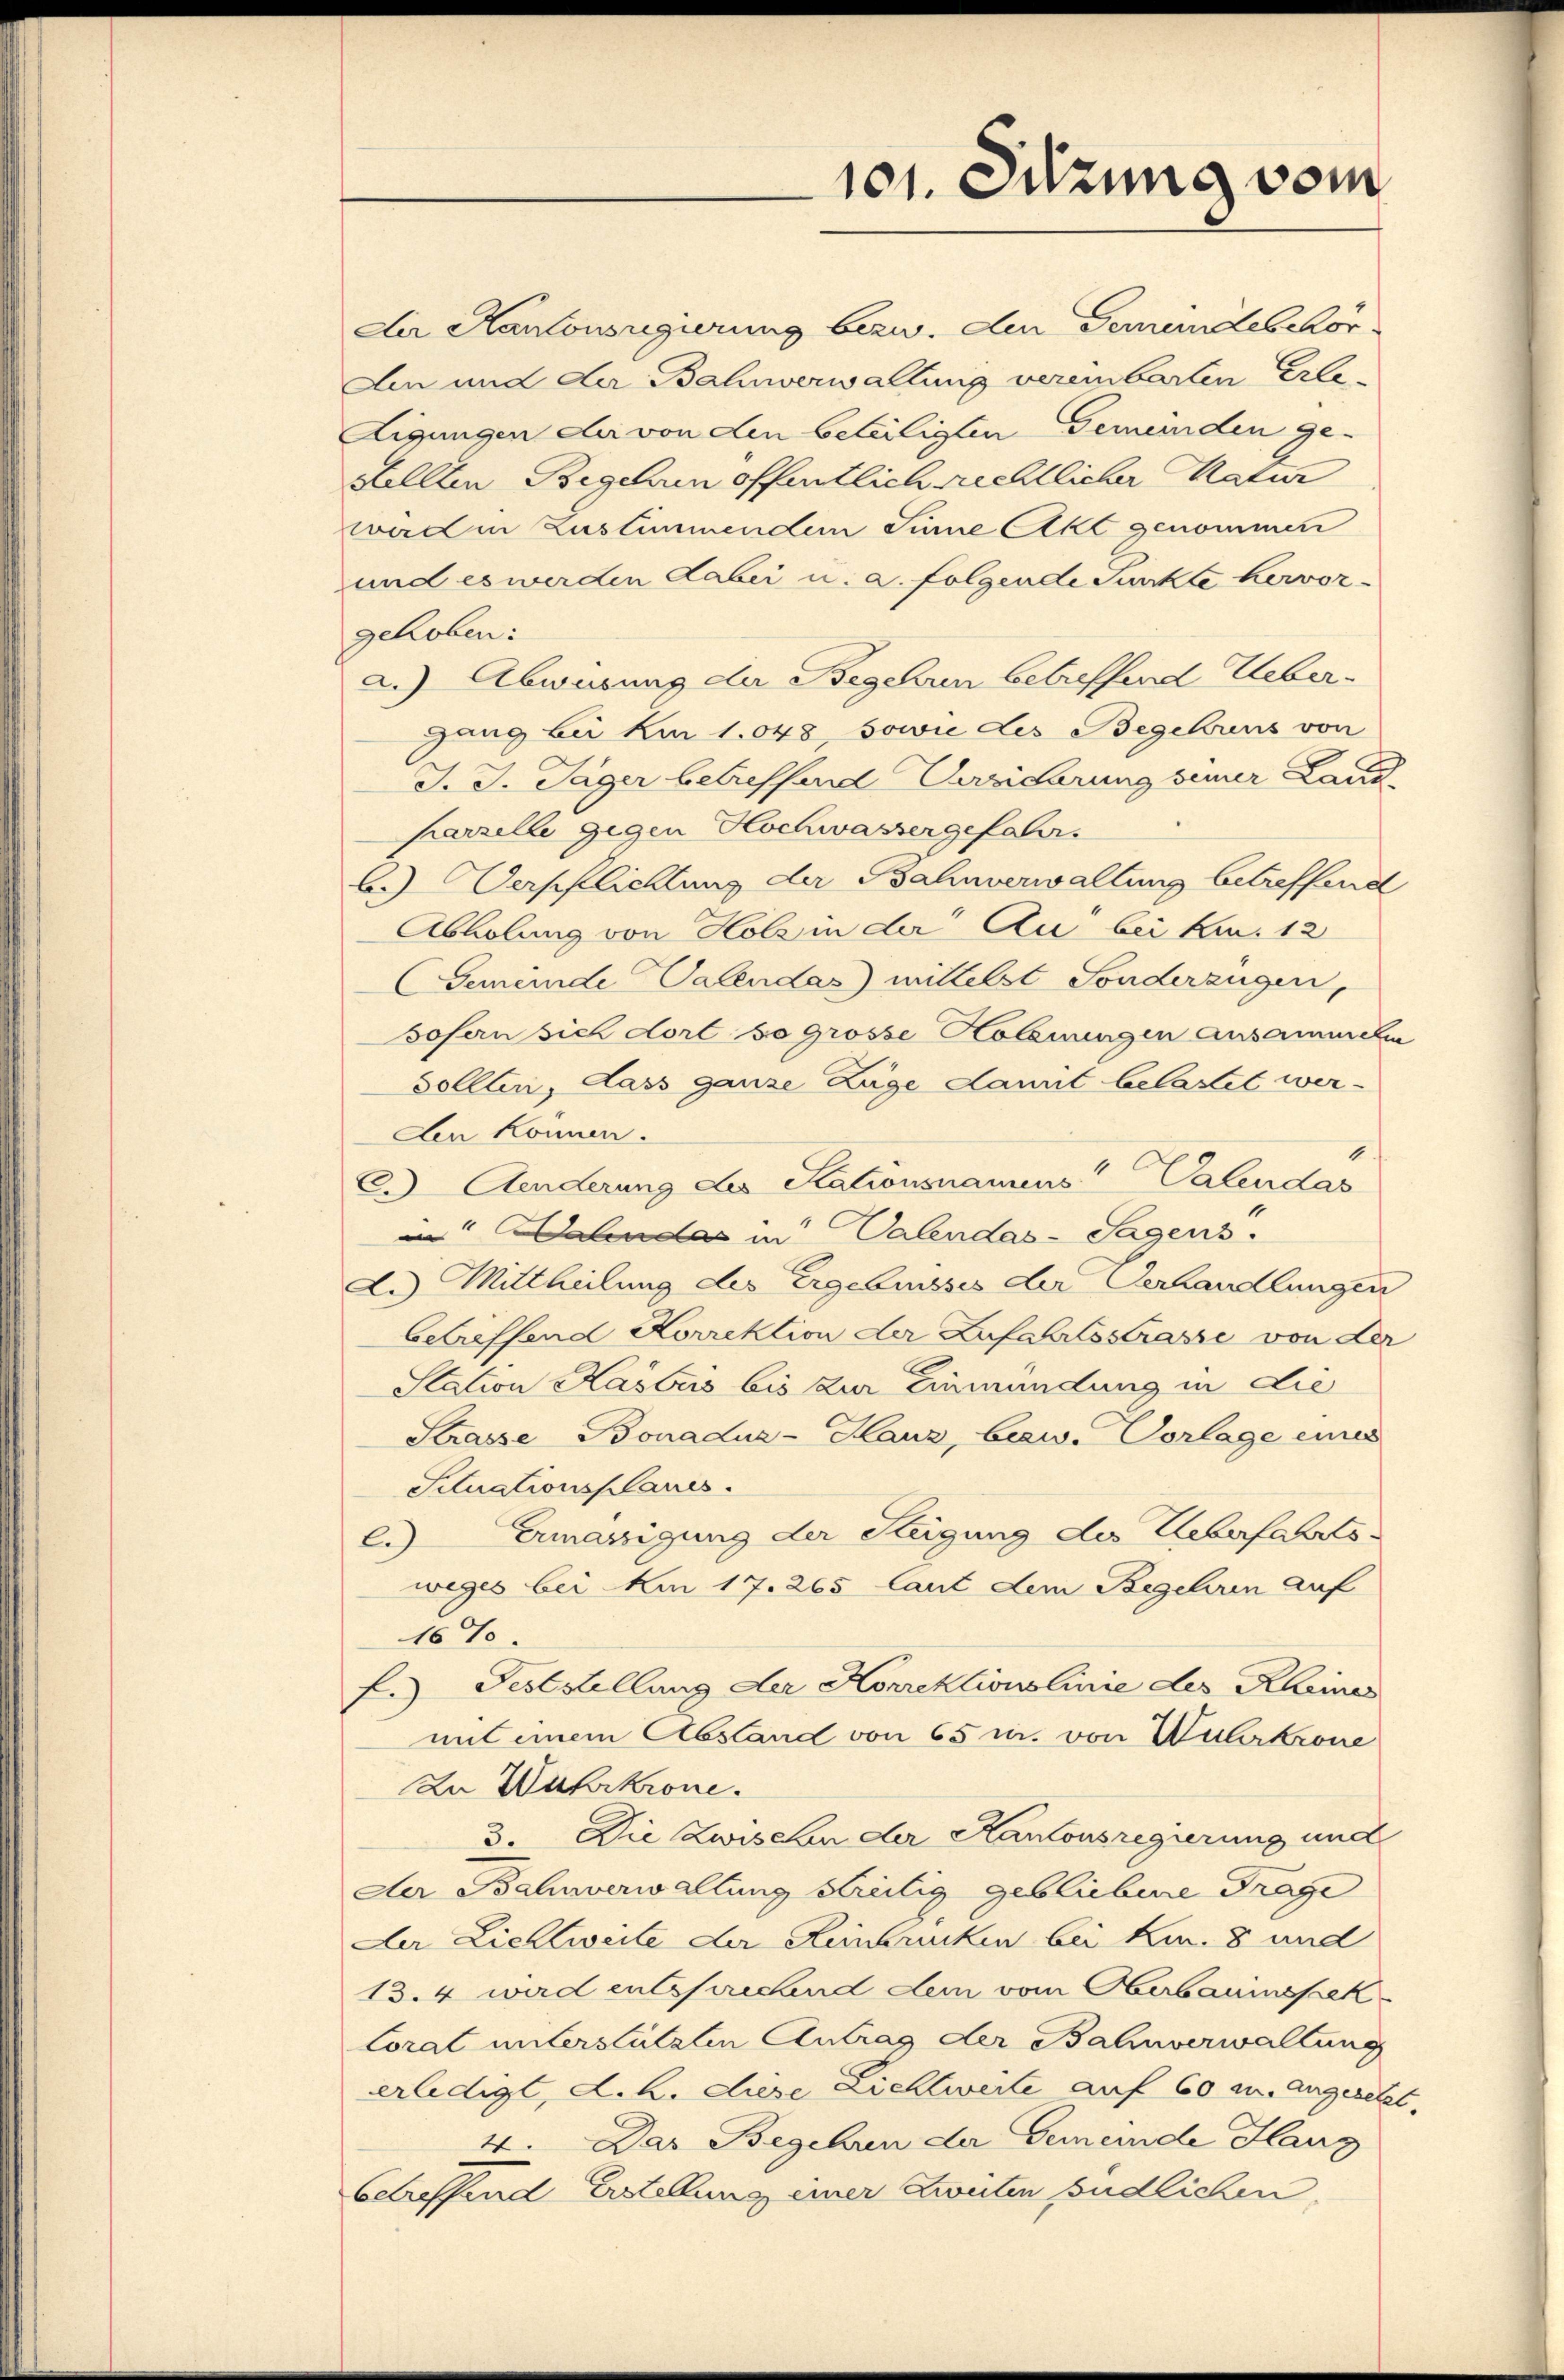
101. Sitzung vom

Der Kantonsregierung bezw. den Gemeindescor¬
Ain und der Bahnverwaltung vereinbarten Erle¬
Aigungen der von den beteiligten Gemeinden ge-
Sollten Begehrn öffentlich rechtlicher Natur
werden Zustimmenden Sinne Akt genommen
und es werden dabei u. a. folgende Funkte hervor-
gehoben:
a.) Abweisung der Begehren betreffend Uebergang bei km 1.048 sowie des Begehrens von
J. J. Jäger betreffend Versicherung seiner Land
parzelle gegen Hochwassergefahr.
b.) Verpflichtung der Bahnverwaltung betreffend
Abholung von Holz in der Au bei kn. 12
Gemeinde Valendas) mittelst Sonderzügen,
Johan sich dort so grosse Holznungen ansammeln
Sollten, dass ganze Lage Kannt belastet wer¬
Aen können.
1
C Aenderung des Stationsnamens" Valendas
in in Valendas- Sagens.
d.) Mittheilung des Ergebnisses der Verhandlungen
Betreffend Korrektion der Zufahrtsstrasse von der
Station Kasburs bis zur Einmündung in die
Strasse Bonadus-Hauz, bezw. Vorlage eines
Situationsplanes.
e.) Ermässigung der Steigung des Leberfahrtsweges bei Am 17. 265 laut dem Begehren auf
16%
f.) Feststellung der Korrektionslinie des Rheines
mit einem Abstand von 65 u. von Wuhrkrone
In Wuhrkrone.
3. Die Zwischen der Kantonsregierung und
Der Bahnverwaltung streitig gebliebene Frage
Der Lichtweile der Reinbrucken bei kn. 8 und
13.4 wird entsprechend dem vom Oberbauinspek¬
Coral unterstützten Antrag der Bahnverwaltung
erledigt, d. h. diese Lichtweile auf 60 an angesetzt
4. Das Begehren der Gemeinde Haug
betreffend Erstellung einer Zuten Endlichen.